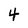
Character: 4